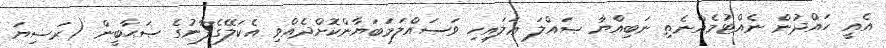
އެއީ ހައްދުން ނެއްޓުމެއްނެތި ނަބިއްޔާ ޞައްލަ ޢަލައިހި ވަސައްލަަމަބަޔާންކޮށްދެއްވި އެކަލޭގެފާނުގެ ޞަޙާބީން (ރަޟިޔަ